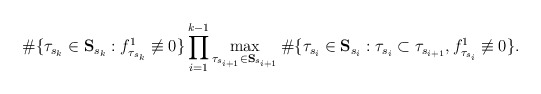
\begin{align*} \#\{\tau_{s_k}\in{\bf{S}}_{s_k}:f^1_{\tau_{s_k}}\not\equiv 0\}\prod_{i=1}^{k-1}\max_{\tau_{s_{i+1}}\in{\bf{S}}_{s_{i+1}}}\#\{\tau_{s_i}\in{\bf{S}}_{s_i}:\tau_{s_i}\subset\tau_{s_{i+1}},f_{\tau_{s_i}}^1\not\equiv 0\}.\end{align*}